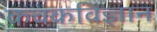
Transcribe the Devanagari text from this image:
कवकविज्ञान